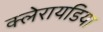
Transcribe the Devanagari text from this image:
क्लेरायडिया